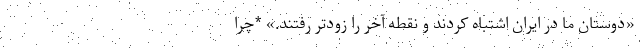
«دوستان ما در ایران اشتباه کردند و نقطه آخر را زودتر رفتند.» *چرا